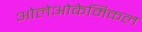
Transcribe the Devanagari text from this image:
ओलेओकेमिकल